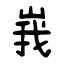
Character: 峩